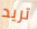
تريد